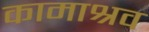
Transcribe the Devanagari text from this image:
कामाश्रव